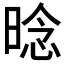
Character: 𱢌